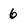
Character: 6